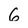
Character: 6